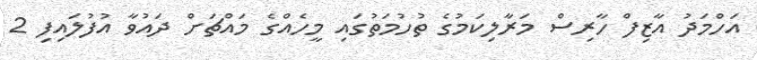
އަހްމަދު އާޒިފް ހާރިސް މަރާލިކަމުގެ ތުހުމަތުގައި މީހެއްގެ މައްޗަށް ދައުވާ އުފުލައިފި 2